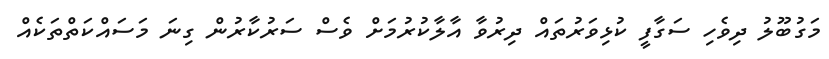
މަގުބޫލު ދިވެހި ސަގާފީ ކުޅިވަރުތައް ދިރުވާ އާލާކުރުމަށް ވެސް ސަރުކާރުން ގިނަ މަސައްކަތްތަކެއް